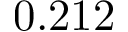
0 . 2 1 2